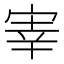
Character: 𫳐